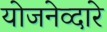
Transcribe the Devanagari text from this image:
योजनेव्दारे